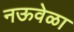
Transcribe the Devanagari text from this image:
नऊवेळा